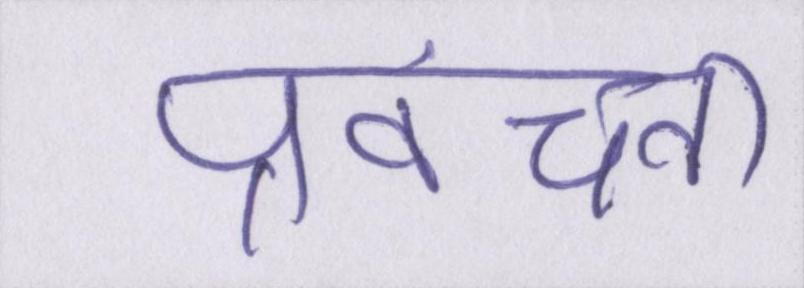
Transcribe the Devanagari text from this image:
प्रवंचना